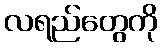
လရည်တွေကို